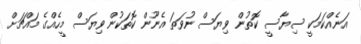
އަނެއްކަމަކީ ސިޔާސީ ކޮތުން ވިޔަސް ނުވަތަ އެނޫން ކޮތަކުން ވިޔަސް މީހެއްގެ މައްޗަށް